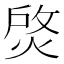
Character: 𤉰